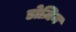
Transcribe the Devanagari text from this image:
डोज़िन